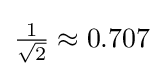
{\tfrac {1}{\sqrt {2}}}\approx {\text{0.707}}